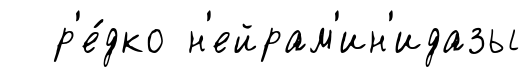
р'е́дко н'ейрам'ин'идазы